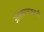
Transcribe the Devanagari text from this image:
आंबवण्याकडची